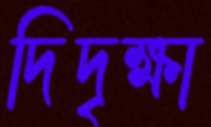
দিদৃক্ষা